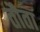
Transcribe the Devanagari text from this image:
तौता